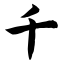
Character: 千